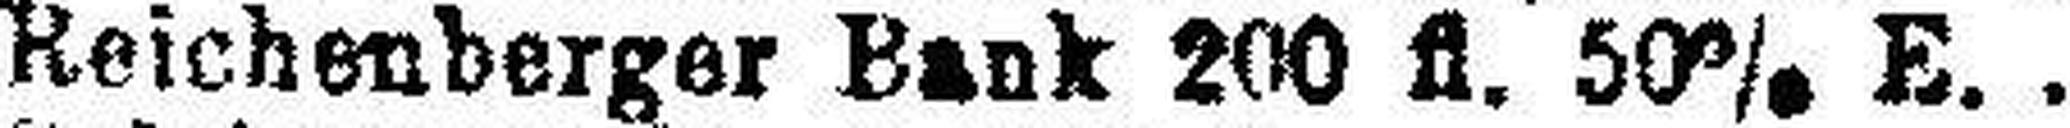
Reichenberger Bank 200 fl. 50% E.